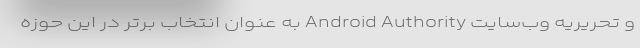
و تحریریه وب‌سایت Android Authority به عنوان انتخاب برتر در این حوزه